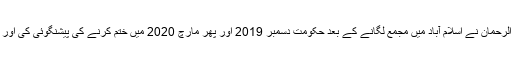
سب سے پہلے مولانا فضل الرحمان نے اسلام آباد میں مجمع لگانے کے بعد حکومت دسمبر 2019 اور پھر مارچ 2020 میں ختم کرنے کی پیشنگوئی کی اور واپس اپنے گاؤں چلے گئے۔